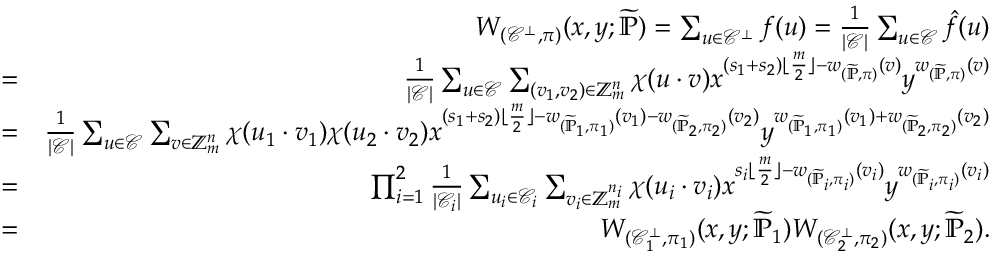
\begin{array} { r l r } & { } & { W _ { ( \mathcal { C } ^ { \bot } , \pi ) } ( x , y ; \widetilde { \mathbb { P } } ) = \sum _ { \boldsymbol { u } \in \mathcal { C } ^ { \bot } } f ( \boldsymbol { u } ) = \frac { 1 } { | \mathcal { C } | } \sum _ { \boldsymbol { u } \in \mathcal { C } } \hat { f } ( \boldsymbol { u } ) } \\ & { = } & { \frac { 1 } { | \mathcal { C } | } \sum _ { \boldsymbol { u } \in \mathcal { C } } \sum _ { ( \boldsymbol { v _ { 1 } , v _ { 2 } } ) \in \mathbb { Z } _ { m } ^ { n } } \chi ( \boldsymbol { u } \cdot \boldsymbol { v } ) x ^ { ( s _ { 1 } + s _ { 2 } ) \lfloor \frac { m } { 2 } \rfloor - w _ { ( \widetilde { \mathbb { P } } , \pi ) } ( \boldsymbol { v } ) } y ^ { w _ { ( \widetilde { \mathbb { P } } , \pi ) } ( \boldsymbol { v } ) } } \\ & { = } & { \frac { 1 } { | \mathcal { C } | } \sum _ { \boldsymbol { u } \in \mathcal { C } } \sum _ { \boldsymbol { v } \in \mathbb { Z } _ { m } ^ { n } } \chi ( \boldsymbol { u _ { 1 } } \cdot \boldsymbol { v _ { 1 } } ) \chi ( \boldsymbol { u _ { 2 } } \cdot \boldsymbol { v _ { 2 } } ) x ^ { ( s _ { 1 } + s _ { 2 } ) \lfloor \frac { m } { 2 } \rfloor - w _ { ( \widetilde { \mathbb { P } } _ { 1 } , \pi _ { 1 } ) } ( \boldsymbol { v _ { 1 } } ) - w _ { ( \widetilde { \mathbb { P } } _ { 2 } , \pi _ { 2 } ) } ( \boldsymbol { v _ { 2 } } ) } y ^ { w _ { ( \widetilde { \mathbb { P } } _ { 1 } , \pi _ { 1 } ) } ( \boldsymbol { v _ { 1 } } ) + w _ { ( \widetilde { \mathbb { P } } _ { 2 } , \pi _ { 2 } ) } ( \boldsymbol { v _ { 2 } } ) } } \\ & { = } & { \prod _ { i = 1 } ^ { 2 } \frac { 1 } { | \mathcal { C } _ { i } | } \sum _ { \boldsymbol { u _ { i } } \in \mathcal { C } _ { i } } \sum _ { \boldsymbol { v _ { i } } \in \mathbb { Z } _ { m } ^ { n _ { i } } } \chi ( \boldsymbol { u _ { i } } \cdot \boldsymbol { v _ { i } } ) x ^ { s _ { i } \lfloor \frac { m } { 2 } \rfloor - w _ { ( \widetilde { \mathbb { P } } _ { i } , \pi _ { i } ) } ( \boldsymbol { v _ { i } } ) } y ^ { w _ { ( \widetilde { \mathbb { P } } _ { i } , \pi _ { i } ) } ( \boldsymbol { v _ { i } } ) } } \\ & { = } & { W _ { ( \mathcal { C } _ { 1 } ^ { \bot } , \pi _ { 1 } ) } ( x , y ; \widetilde { \mathbb { P } } _ { 1 } ) W _ { ( \mathcal { C } _ { 2 } ^ { \bot } , \pi _ { 2 } ) } ( x , y ; \widetilde { \mathbb { P } } _ { 2 } ) . } \end{array}